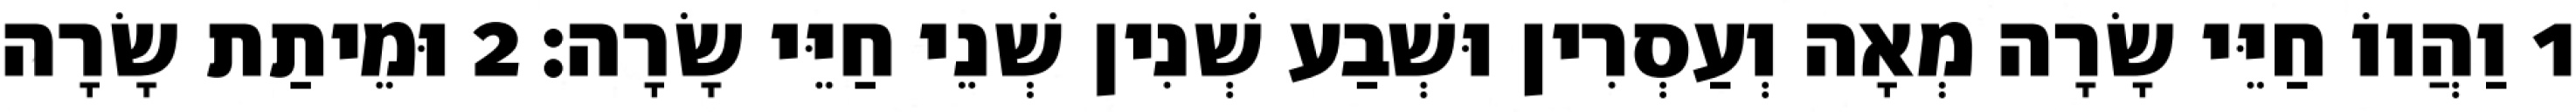
1 וַהֲווֹ חַיֵּי שָׂרָה מְאָה וְעַסְרִין וּשְׁבַע שְׁנִין שְׁנֵי חַיֵּי שָׂרָה׃ 2 וּמֵיתַת שָׂרָה